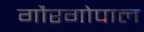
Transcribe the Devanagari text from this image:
गौरगोपाल